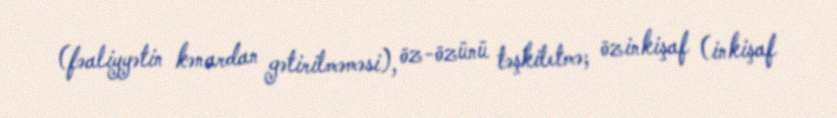
(fəaliyyətin kənardan gətirilməməsi), öz-özünü təşkiletmə; özinkişaf (inkişaf